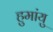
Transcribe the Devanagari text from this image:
हुमांयु